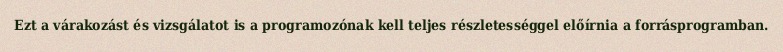
Ezt a várakozást és vizsgálatot is a programozónak kell teljes részletességgel előírnia a forrásprogramban.